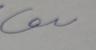
Signature authenticity: forged